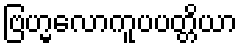
ဗြဟ္မလောကူပပတ္တိယာ